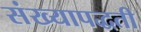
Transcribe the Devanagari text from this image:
संख्यापद्धती